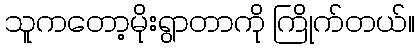
သူကတော့မိုးရွာတာကို ကြိုက်တယ်။